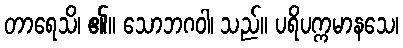
တာရေသိ၊ ၏။ သောဘဂဝါ၊ သည်။ ပရိပက္ကမာနသေ၊